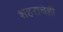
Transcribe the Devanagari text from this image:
शहराचेही